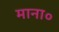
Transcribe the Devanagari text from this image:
माना०